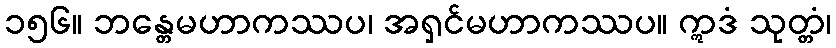
၁၅၆။ ဘန္တေမဟာကဿပ၊ အရှင်မဟာကဿပ။ ဣဒံ သုတ္တံ၊